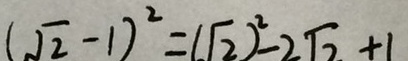
( \sqrt { 2 } - 1 ) ^ { 2 } = ( \sqrt { 2 } ) ^ { 2 } - 2 \sqrt { 2 } + 1